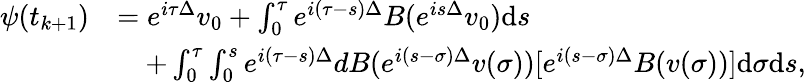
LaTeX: \begin{array}{rl}{\psi(t_{k+1})}&{=e^{i\tau\Delta}v_{0}+\int_{0}^{\tau}e^{i(\tau-s)\Delta}B(e^{is\Delta}v_{0})\mathrm{d}s}\\ &{\quad+\int_{0}^{\tau}\int_{0}^{s}e^{i(\tau-s)\Delta}dB(e^{i(s-\sigma)\Delta}v(\sigma))[e^{i(s-\sigma)\Delta}B(v(\sigma))]\mathrm{d}\sigma\mathrm{d}s,}\end{array}